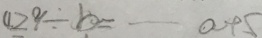
4 2 9 \div b = \cdots a + 5